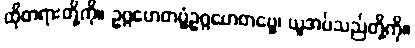
ထိုတရားတို့ကို။ ဥဂ္ဂဟေတဗ္ဗံဥဂ္ဂဟေတဗ္ဗေ၊ ယူအပ်သည်တို့ကို။